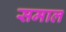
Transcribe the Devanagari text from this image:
समाल